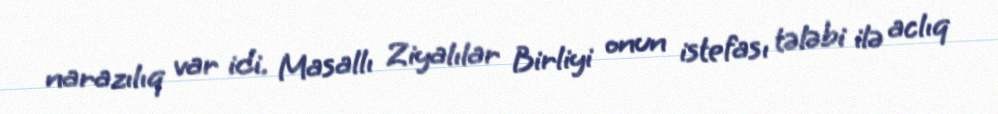
narazılıq var idi. Masallı Ziyalılar Birliyi onun istefası tələbi ilə aclıq